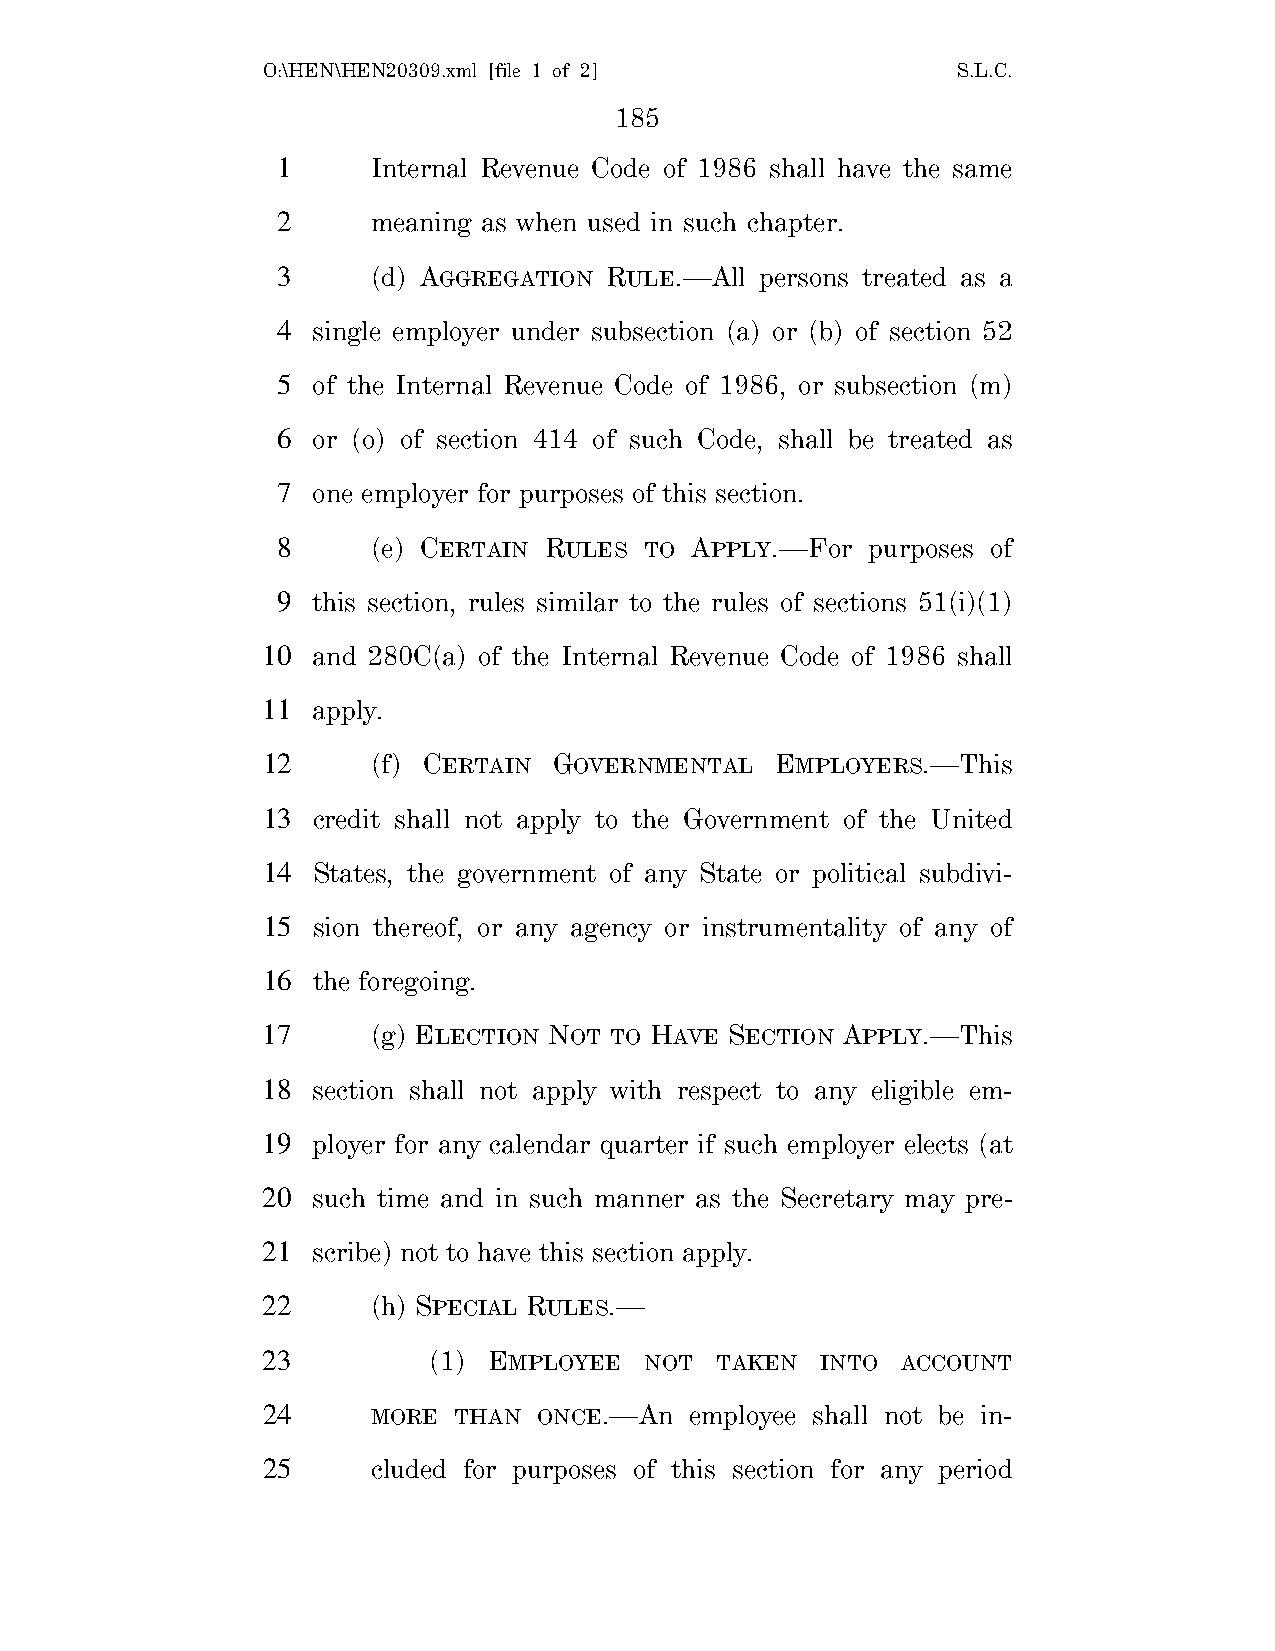
O:\HEN\HEN20309.xml [file 1 of 2]             S.L.C.
 185
 1      Internal Revenue Code of 1986 shall have the same
 2      meaning as when used in such chapter.
 3      (d) AGGREGATION RULE.—All persons treated as a
 4  single employer under subsection (a) or (b) of section 52
 5  of the Internal Revenue Code of 1986, or subsection (m)
 6  or (o) of section 414 of such Code, shall be treated as
 7  one employer for purposes of this section.
 8      (e) CERTAIN RULES TO APPLY.—For  purposes of
 9  this section, rules similar to the rules of sections 51(i)(1)
 10  and 280C(a) of the Internal Revenue Code of 1986 shall
 11  apply.
 12      (f) CERTAIN GOVERNMENTAL  EMPLOYERS.—This
 13  credit shall not apply to the Government of the United
 14  States, the government of any State or political subdivi-
 15  sion thereof, or any agency or instrumentality of any of
 16  the foregoing.
 17      (g) ELECTION NOT TO HAVE SECTION APPLY.—This
 18  section shall not apply with respect to any eligible em-
 19  ployer for any calendar quarter if such employer elects (at
 20  such time and in such manner as the Secretary may pre-
 21  scribe) not to have this section apply.
 22      (h) SPECIAL RULES.—
 23         (1) EMPLOYEE   NOT TAKEN  INTO  ACCOUNT
 24      MORE THAN  ONCE.—An  employee shall not be in-
 25      cluded for purposes of this section for any period